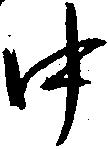
中